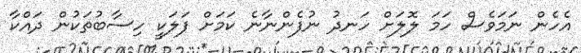
އެހެން ނަމަވެސް ހަމަ ލޮލަށް ހަނދު ނުފެންނާނެ ކަމަށް ފަލަކީ ހިސާބުތަކުން ދައްކާ